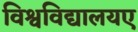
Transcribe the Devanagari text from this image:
विश्वविद्यालयए